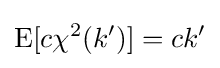
\operatorname {E} [c\chi ^{2}(k')]=ck'